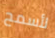
لأسمح